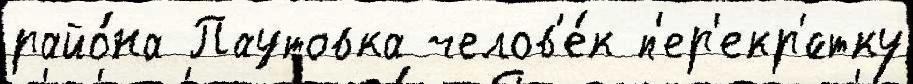
райо́на Паутовка челов'е́к п'ер'екр'́стку